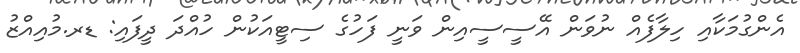
އެންގުމަކާއި ހިލާފެއް ނުވަން އޭސީސީއިން ވަނީ ފަހުގެ ސިޓީއަކުން ހުއްދަ ދީފައި: ޑރ.މުއިއްޒު